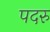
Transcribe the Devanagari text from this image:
पदरु